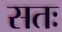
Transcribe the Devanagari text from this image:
सतः